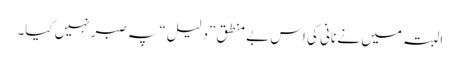
البتہ میں نے نانی کی اس بے منطق ”دلیل“ پہ صبرنہیں کیا۔